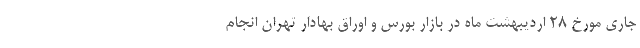
جاری مورخ 28 اردیبهشت ماه در بازار بورس و اوراق بهادار تهران انجام